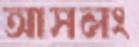
আসলং